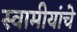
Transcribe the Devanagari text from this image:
स्वामीयांचे